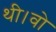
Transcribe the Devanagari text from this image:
थी।वो